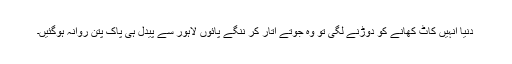
دنیا انہیں کاٹ کھانے کو دوڑنے لگی تو وہ جوتے اتار کر ننگے پائوں لاہور سے پیدل ہی پاک پتن روانہ ہوگئیں۔